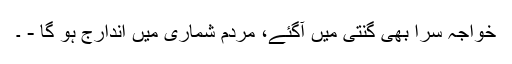
خواجہ سرا بھی گنتی ميں آگئے، مردم شماری میں اندارج ہو گا - ۔